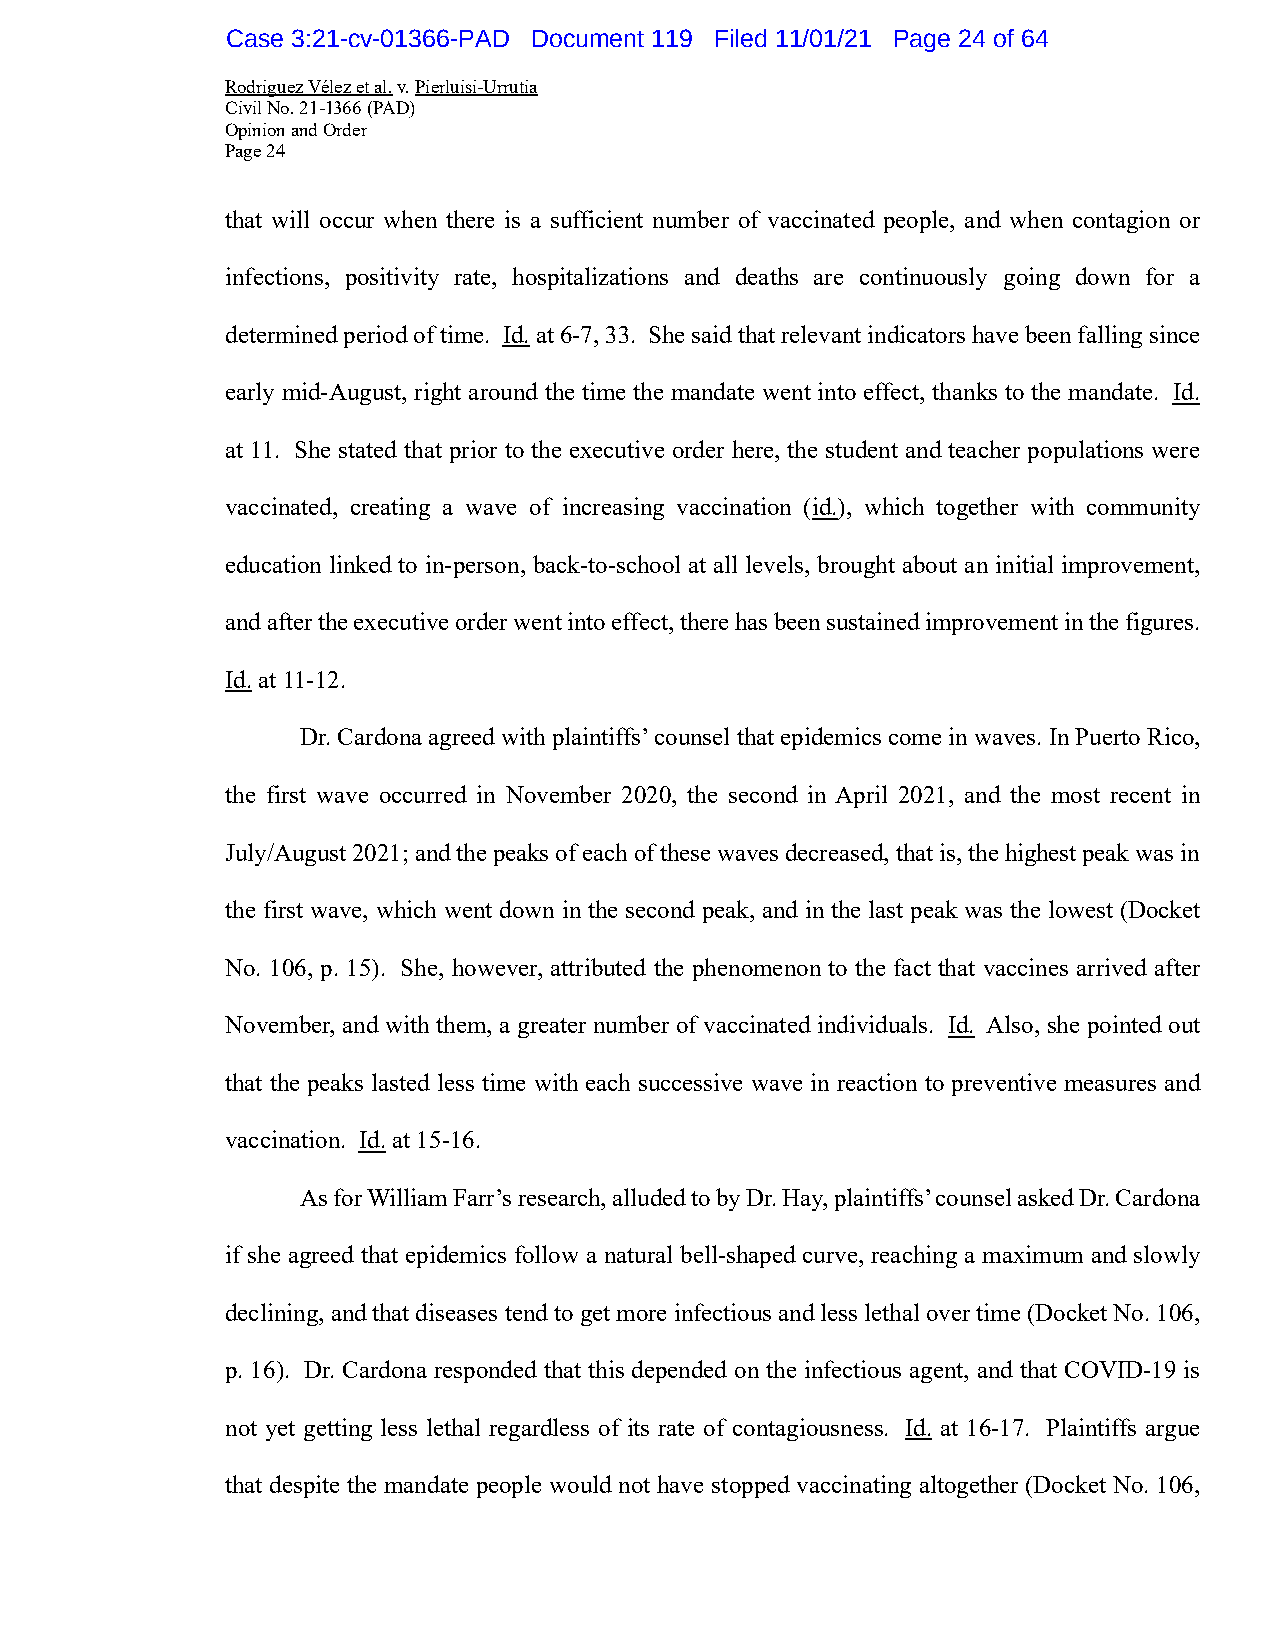
Case 3:21-cv-01366-PAD Document 119 Filed 11/01/21 Page 24 of 64
 Rodriguez Vélez et al. v. Pierluisi-Urrutia
 Civil No. 21-1366 (PAD)
 Opinion and Order
 Page 24
 that will occur when there is a sufficient number of vaccinated people, and when contagion or
 infections, positivity rate, hospitalizations and deaths are continuously going down for a
 determined period of time. Id. at 6-7, 33. She said that relevant indicators have been falling since
 early mid-August, right around the time the mandate went into effect, thanks to the mandate. Id.
 at 11. She stated that prior to the executive order here, the student and teacher populations were
 vaccinated, creating a wave of increasing vaccination (id.), which together with community
 education linked to in-person, back-to-school at all levels, brought about an initial improvement,
 and after the executive order went into effect, there has been sustained improvement in the figures.
 Id. at 11-12.
 Dr. Cardona agreed with plaintiffs’ counsel that epidemics come in waves. In Puerto Rico,
 the first wave occurred in November 2020, the second in April 2021, and the most recent in
 July/August 2021; and the peaks of each of these waves decreased, that is, the highest peak was in
 the first wave, which went down in the second peak, and in the last peak was the lowest (Docket
 No. 106, p. 15). She, however, attributed the phenomenon to the fact that vaccines arrived after
 November, and with them, a greater number of vaccinated individuals. Id. Also, she pointed out
 that the peaks lasted less time with each successive wave in reaction to preventive measures and
 vaccination. Id. at 15-16.
 As for William Farr’s research, alluded to by Dr. Hay, plaintiffs’ counsel asked Dr. Cardona
 if she agreed that epidemics follow a natural bell-shaped curve, reaching a maximum and slowly
 declining, and that diseases tend to get more infectious and less lethal over time (Docket No. 106,
 p. 16). Dr. Cardona responded that this depended on the infectious agent, and that COVID-19 is
 not yet getting less lethal regardless of its rate of contagiousness. Id. at 16-17. Plaintiffs argue
 that despite the mandate people would not have stopped vaccinating altogether (Docket No. 106,